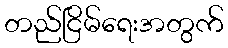
တည်ငြိမ်ရေးအတွက်